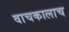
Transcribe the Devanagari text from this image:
वाचकालाच